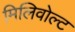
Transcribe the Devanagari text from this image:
मिलिवोल्ट